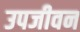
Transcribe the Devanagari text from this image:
उपजीवन